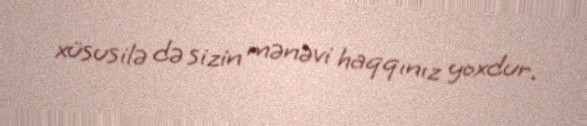
xüsusilə də sizin mənəvi haqqınız yoxdur.